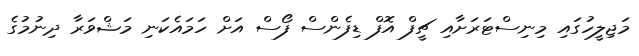
މަޖިލީހުގައި މިނިސްޓަރަށާއި ޗީފް އޮފް ޑިފެންސް ފޯސް އަށް ހަމައެކަނި މަޝްވަރާ ދިނުމުގެ